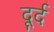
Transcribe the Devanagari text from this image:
दूर्द